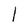
Character: l